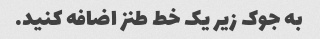
به جوک زیر یک خط طنز اضافه کنید.